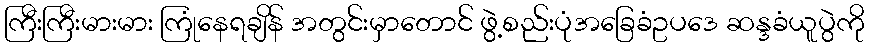
ကြီးကြီးမားမား ကြုံနေရချိန် အတွင်းမှာတောင် ဖွဲ့စည်းပုံအခြေခံဥပဒေ ဆန္ဒခံယူပွဲကို